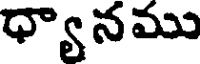
ధ్యానము